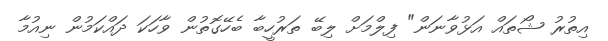
އިތުރު ޝޯތައް އަޅުވާނަން" ފިލްމަށް ލިބޭ ތަރުހީބާ ބެހޭގޮތުން ވާހަކަ ދައްކަމުން ނިއުމާ